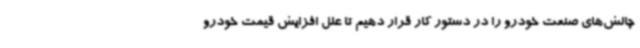
چالش‌های صنعت خودرو را در دستور کار قرار دهیم تا علل افزایش قیمت خودرو